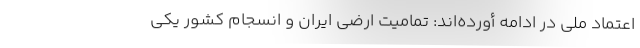
اعتماد ملی در ادامه أورده‌اند: تمامیت ارضی ایران و انسجام کشور یکی